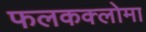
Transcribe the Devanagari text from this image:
फलकक्लोमा